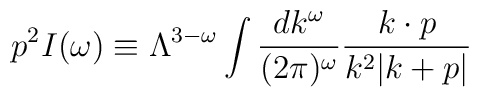
p^2 I(\omega) \equiv \Lambda^{3-\omega} \int {d k^\omega \over (2\pi)^\omega}{k\cdot p \over k^2 |k+p|}